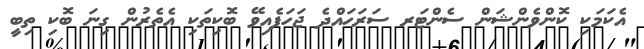
އެކަމަކި ކޮންވެންޝަން ސެންޓަރ ސަރަހައްދެ ޖަހަފެއިވޭ ބޮކިތަކި އެތެރުން ގިނަ ބޮކި ތިބީ